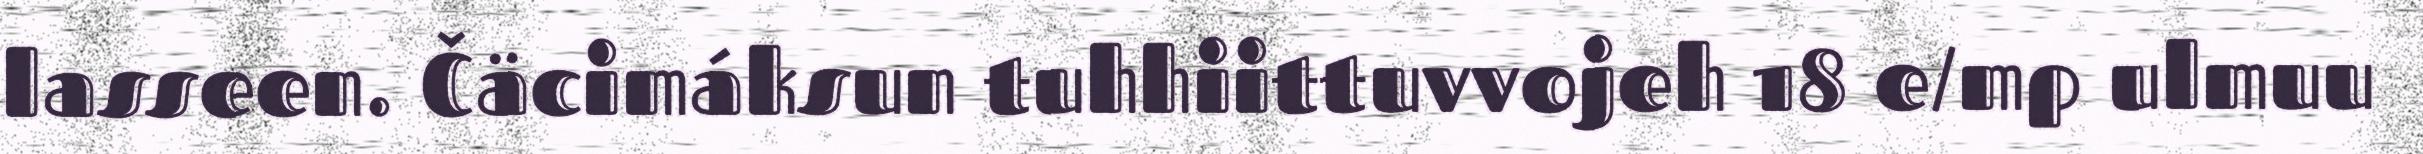
lasseen. Čäcimáksun tuhhiittuvvojeh 18 e/mp ulmuu